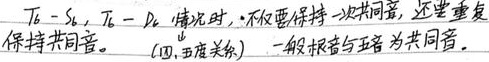
当出现\(T_{6}-S_{4}\)，\(T_{6}-D_{4}\) 情况时，不仅要保持一次同音，还要重复保持共同音。（四，五度关系） 一般根音与五音 为共同音。